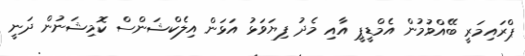
ޕްރައިމަރީ ބޭއްވުމުން އެމްޑީޕީ އާއި މެދު ފިޔަވަޅު އަޅަން އިލެކްޝަންސް ކޮމިޝަނުން ދަނީ